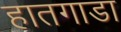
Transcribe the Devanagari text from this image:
हातगाडा